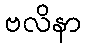
ဗလိနာ